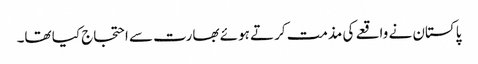
پاکستان نے واقعے کی مذمت کرتے ہوئے بھارت سے احتجاج کیا تھا۔